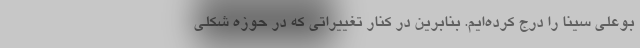
بوعلی سینا را درج کرده‌ایم. بنابرین در کنار تغییراتی که در حوزه شکلی